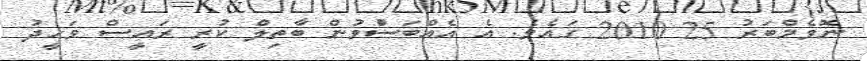
ނޮވެމްބަރު 25 2010 ގައެވެ. އެ އެއްބަސްުވުން ބާތިލް ކުރީ ރައީސް ވަހީދު